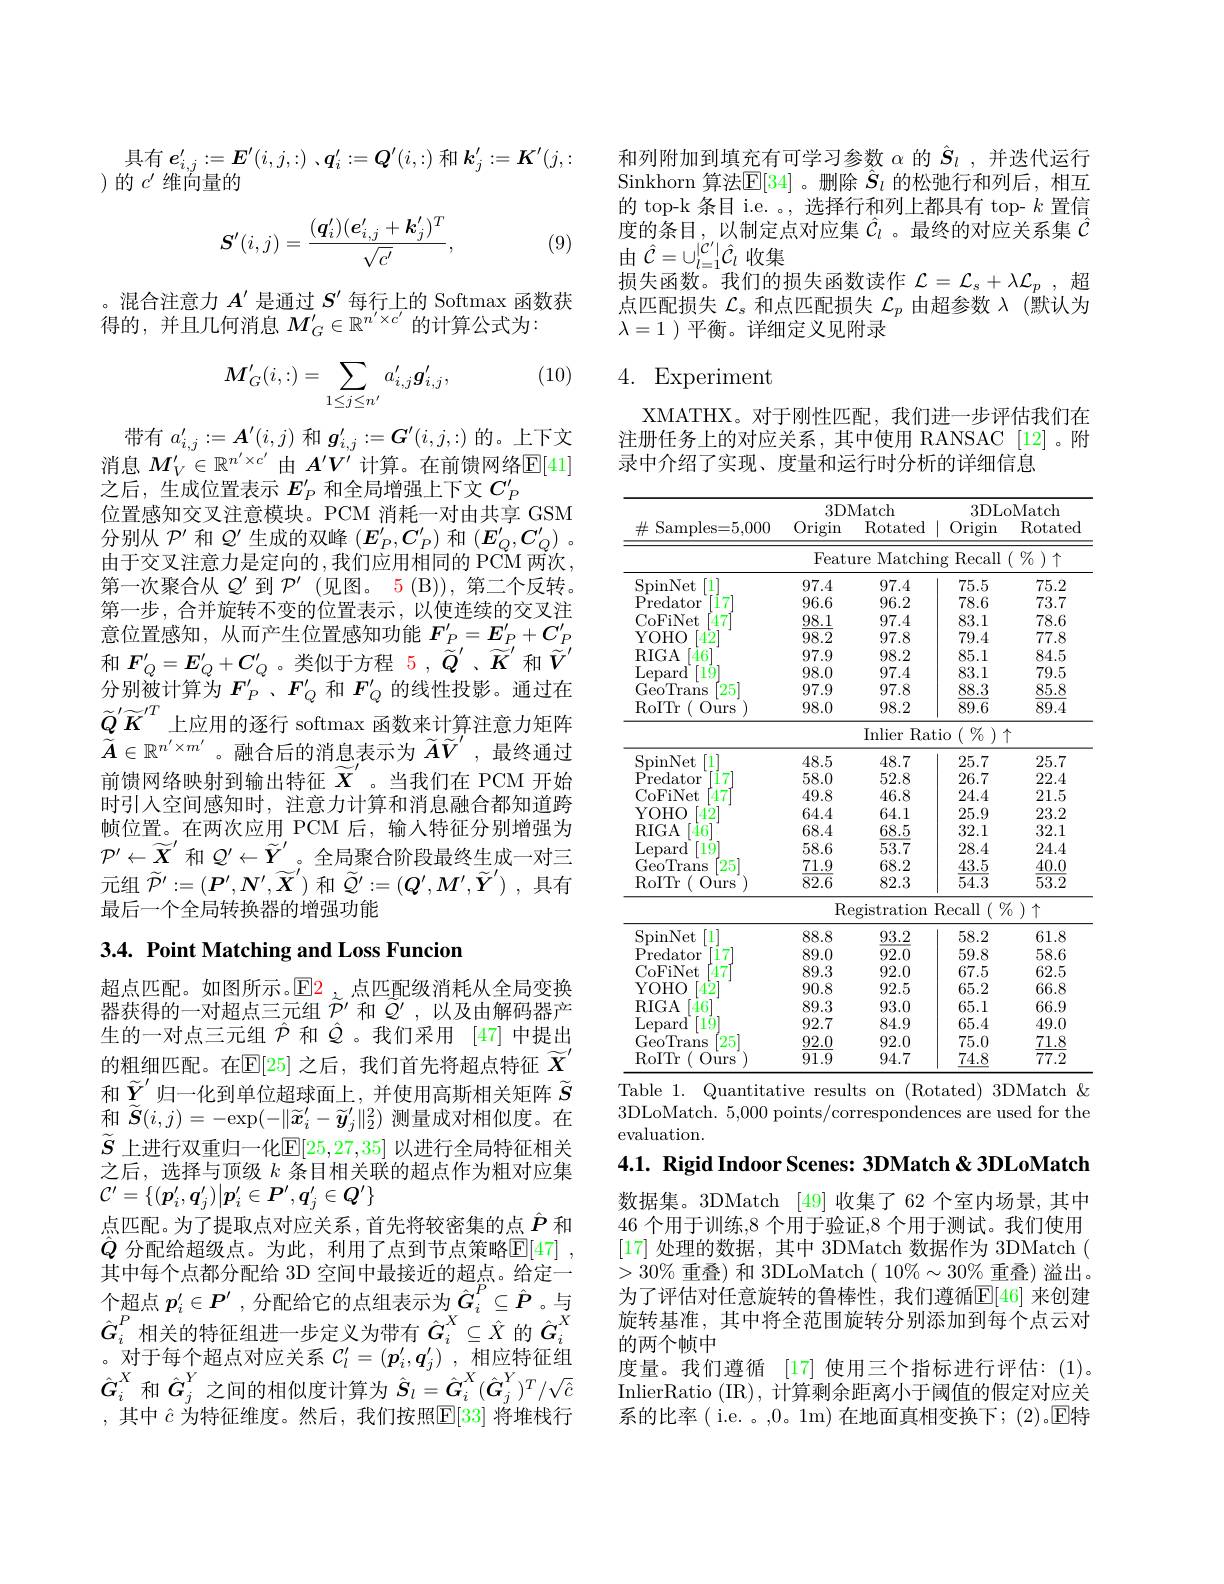
具有$\boldsymbol{e}_{i, j}^{\prime }: = \boldsymbol{E}^{\prime }( i, j, : )$ $. \boldsymbol{q}_{i}^{\prime }: = \boldsymbol{Q}^{\prime }( i, : )$和$\boldsymbol k_j^{\prime}:=\boldsymbol{K}^{\prime}(j,:$
)的$c^\prime$维向量的
$$S'(i,j)=\frac{(\boldsymbol{q}')(\boldsymbol{e}'_{i,j}+\boldsymbol{k}'_j)^T}{\sqrt{c'}},$$
(9)

。混合注意力$A^{\prime}$是通过$S^{\prime}$每行上的 Softmax 函数获
得的，并且几何消息$M_G^{\prime}\in\mathbb{R}^{n^{\prime}\times c^{\prime}}$的计算公式为：

(10)
$$M_G'(i,:)=\sum_{1\le j\le n'}a_{i,j}'\boldsymbol{g}_{i,j}',$$
带有$a_i,j^{\prime}:=\boldsymbol{A}^{\prime}(i,j)$和$\boldsymbol g_i,j^{\prime}:=\boldsymbol{G}^{\prime}(i,j,:)$的。上下文消息 $M_V^{\prime}\in\mathbb{R}^{n^{\prime}\times c^{\prime}}\boxplus A^{\prime}V^{\prime}$ 计算。在前馈网络$\mathbb{E}[41]$ 之后，生成位置表示$E_P^{\prime}$和全局增强上下文$C_P^{\prime}$
位置感知交叉注意模块。PCM 消耗一对由共享 GSM 分别从$\mathcal{P}^\prime$和$Q^\prime$生成的双峰$(E_P^\prime,C_P^\prime)$和$(E_Q^\prime,C_Q^\prime)$ 。由于交叉注意力是定向的，我们应用相同的 PCM 两次， 第一次聚合从$Q^\prime$到$\mathcal{P}^\prime$ (见图。5(B)),第二个反转。第一步 , 合并旋转不变的位置表示 , 以使连续的交叉注意位置感知，从而产生位置感知功能$F_P^{\prime}=E_P^{\prime}+C_P^{\prime}$ 和 $F_Q^{\prime}=E_Q^{\prime}+C_Q^{\prime}$。类似于方程 5,$\tilde{\tilde{Q}}^{\prime}$、$\tilde{\widetilde{K}}^{\prime}$ 和$\tilde{\tilde{V}}^{\prime}$ $\dot{\text{分别被计算为 }F_{P}^{\prime}}$、$F_Q^{\prime}$和$F_Q^{\prime}$的线性投影。通过在$\widetilde{Q}^{\prime}\widetilde{K}^{\prime T}$上应用的逐行 softmax 函数来计算注意力矩阵$\widetilde{A}\in\mathbb{R}^{n^{\prime}\times m^{\prime}}$。融合后的消息表示为$\widetilde AV^{\prime}$,最终通过前馈网络映射到输出特征$\widetilde{X}^{\prime}$。当我们在 PCM 开始时引人空间感知时，注意力计算和消息融合都知道跨帧位置。在两次应用 PCM 后，输人特征分别增强为$\mathcal{P}^{\prime}\leftarrow\widetilde{X}^{\prime}$和$\mathcal{Q}^\prime\leftarrow\widetilde{Y}^{\prime}$。全局聚合阶段最终生成一对三元组$\widetilde{\mathcal{P}}^{\prime}:=(\boldsymbol{P}^{\prime},\boldsymbol{N}^{\prime},\widetilde{\boldsymbol{X}}^{\prime})$和$\widetilde{\mathcal{Q}}^{\prime}:=(\boldsymbol{Q}^{\prime},\boldsymbol{M}^{\prime},\widetilde{\boldsymbol{Y}}^{\prime})$ ,具有最后一个全局转换器的增强功能

## 3.4. Point Matching and Loss Funcion

超点匹配。如图所示。$\operatorname{E2}$。点匹配级消耗从全局变换器获得的一对超点三元组$\tilde{\mathcal{P}}^{\prime}$和$\tilde{Q}^{\prime}$,以及由解码器产生的一对点三元组$\hat{\mathcal{P}}$和$\hat{\mathcal{Q}}$。我们采用 [47]中提出的粗细匹配。在$\mathbb{E}[25]$ 之后，我们首先将超点特征 $\widetilde{X}^{\prime}$ 和$\widetilde{Y}^{\prime}$归一化到单位超球面上，并使用高斯相关矩阵 $\widetilde{S}$ 和$\widetilde{\boldsymbol{S}}(i,j)=-\exp(-\|\widetilde{\boldsymbol{x}}_{i}^{\prime}-\widetilde{\boldsymbol{y}}_{j}^{\prime}\|_{2}^{2})$测量成对相似度。在$\widetilde{S}_{\text{ 上进行双重归一化}\mathbb{E}[25,27,35]\text{ 以进行全局特征相关}}$ 之后，选择与顶级$k$条目相关联的超点作为粗对应集$\mathcal{C}^{\prime}=\{(\boldsymbol{p}_i^{\prime},\boldsymbol{q}_j^{\prime})|\boldsymbol{p}_i^{\prime}\in\boldsymbol{P}^{\prime},\boldsymbol{q}_j^{\prime}\in Q^{\prime}\}$
点匹配。为了提取点对应关系，首先将较密集的点$\hat{P}$和$\hat{Q}$ 分配给超级点。为此，利用了点到节点策略$\overline{\mathbb{E}}[47]$ , 其中每个点都分配给 3D 空间中最接近的超点。给定一个超点 $p_i^{\prime}\in P^{\prime}$ ,分配给它的点组表示为$\underset{\mathrm{v}}{\operatorname*{\operatorname*{\operatorname*{\operatorname*{G}}}}}^P\subseteq\hat{P}$ 。与$\hat{G}_i^P$ 相关的特征组进一步定义为带有$\hat{G}_i^X\subseteq\hat{X}$ 的$\hat{G}_i^X$ $\operatorname*{\text{。对于每个超点对应关系 }C_l^{\prime}=(p_i^{\prime},q_j^{\prime})~,~}\operatorname*{\text{相应特征组}}_{\mathrm{v}}$ $\hat{G}_{i}^{X}$和$\hat{G}_{j}^{Y}$之间的相似度计算为$\hat{S}_{l}=\underline{\hat{G}}_{i}^{X}(\hat{G}_{j}^{Y})^{T}/\sqrt{\hat{G}}$ ,其中$\hat{c}$为特征维度。然后，我们按照$\overline{\mathrm{E}}[33]$将堆栈行

和列附加到填充有可学习参数$\alpha$的$\hat{S}_l$ ,并迭代运行Sinkhorn 算法$\mathbb{E}[34]$。删除 $\hat{\hat{S}}_l$ 的松弛行和列后，相互的 top-k 条目 i.e. 。, 选择行和列上都具有 top- $k$置信度的条目，以制定点对应集$\hat{\mathcal{C}}_l$ 。最终的对应关系集$\hat{\mathcal{C}}$ 由$\hat{\mathcal{C}}=\cup_{l=1}^{|\mathcal{C}^{\prime}|}\hat{\mathcal{C}}_l$收集
损失函数。我们的损失函数读作$\mathcal{L}=\mathcal{L}_s+\lambda\mathcal{L}_p$,超点匹配损失$\mathcal{L}_s$和点匹配损失$\mathcal{L}_p$由超参数$\lambda$ (默认为$\lambda=1$)平衡。详细定义见附录

# 4. Experiment

XMATHX。对于刚性匹配，我们进一步评估我们在注册任务上的对应关系，其中使用 RANSAC [12]。附录中介绍了实现、度量和运行时分析的详细信息

<table>
	<tbody>
		<tr>
			<th rowspan="2">$\#$ Samples=5,000</th>
			<th colspan="2">3DMatch</th>
			<th colspan="2">3DLoMatch</th>
		</tr>
		<tr>
			<th>Origin</th>
			<th>$\operatorname{Rotated}$</th>
			<th>Origin</th>
			<th>$\operatorname{Rotated}$</th>
		</tr>
		<tr>
			<td> </td>
			<td>Featur</td>
			<td colspan="3">Feature Matching Recall $(\%)\uparrow$</td>
		</tr>
		<tr>
			<td>SpinNet [1]</td>
			<td>97.4</td>
			<td>97.4</td>
			<td>75.5</td>
			<td>75.2</td>
		</tr>
		<tr>
			<td>Predator 17</td>
			<td>96.6</td>
			<td>96.2</td>
			<td>78.6</td>
			<td>73.7</td>
		</tr>
		<tr>
			<td>47 CoFiNet</td>
			<td>98.1</td>
			<td>97.4</td>
			<td>83.1</td>
			<td>78.6</td>
		</tr>
		<tr>
			<td>$4\dot{2}$ YOHO</td>
			<td>98.2</td>
			<td>97.8</td>
			<td>79.4</td>
			<td>77.8</td>
		</tr>
		<tr>
			<td>$\dot{4}6^{-1}$ RIGA</td>
			<td>97.9</td>
			<td>98.2</td>
			<td>85.1</td>
			<td>84.5</td>
		</tr>
		<tr>
			<td>$\operatorname{Lepard}$ $1\dot{9}$</td>
			<td>98.0</td>
			<td>97.4</td>
			<td>83.1</td>
			<td>79.5</td>
		</tr>
		<tr>
			<td>GeoTrais 25</td>
			<td>97.9</td>
			<td>97.8</td>
			<td>88.3</td>
			<td>85.8</td>
		</tr>
		<tr>
			<td>RoITr Ours</td>
			<td>98.0</td>
			<td>98.2</td>
			<td>89.6</td>
			<td>89.4</td>
		</tr>
		<tr>
			<td> </td>
			<td> </td>
			<td>Inlier Ra</td>
			<td>$(\begin{array}{c}\%&)\\\end{array}$ $io$ 1</td>
			<td> </td>
		</tr>
		<tr>
			<td>SpinNet [1]</td>
			<td>48.5</td>
			<td>48.7</td>
			<td>25.7</td>
			<td>25.7</td>
		</tr>
		<tr>
			<td>Predator 17</td>
			<td>58.0</td>
			<td>52.8</td>
			<td>26.7</td>
			<td>22.4</td>
		</tr>
		<tr>
			<td>CoFiNet 47</td>
			<td>49.8</td>
			<td>46.8</td>
			<td>24.4</td>
			<td>21.5</td>
		</tr>
		<tr>
			<td>42 YOHO</td>
			<td>64.4</td>
			<td>64.1</td>
			<td>25.9</td>
			<td>23.2</td>
		</tr>
		<tr>
			<td>$\dot{4}6^{-1}$ RIGA</td>
			<td>68.4</td>
			<td>68.5</td>
			<td>32.1</td>
			<td>32.1</td>
		</tr>
		<tr>
			<td>Lepard 19</td>
			<td>58.6</td>
			<td>53.7</td>
			<td>28.4</td>
			<td>24.4</td>
		</tr>
		<tr>
			<td>GeoTrais $25^{\prime}$</td>
			<td>71.9</td>
			<td>68.2</td>
			<td>43.5</td>
			<td>40.0</td>
		</tr>
		<tr>
			<td>RoITr urs</td>
			<td>$\overline{82.6}$</td>
			<td>82.3</td>
			<td>$\overline{54.3}$</td>
			<td>$\overline{53.2}$</td>
		</tr>
		<tr>
			<td> </td>
			<td>$\operatorname{Reg}$</td>
			<td>istration</td>
			<td>$\{$ecall $\left(\begin{array}{c}{\mathrm{c}}\\{\mathrm{,}}\end{array}\right.$ </td>
			<td>$\begin{array}{c}{\begin{smallmatrix}{'}\\{0}\end{smallmatrix}\end{pmatrix}\uparrow}$</td>
		</tr>
		<tr>
			<td>SpinNet [1]</td>
			<td>88.8</td>
			<td>93.2</td>
			<td>58.2</td>
			<td>61.8</td>
		</tr>
		<tr>
			<td>17 Predator</td>
			<td>89.0</td>
			<td>92.0</td>
			<td>59.8</td>
			<td>58.6</td>
		</tr>
		<tr>
			<td>CoFiNet 47</td>
			<td>89.3</td>
			<td>92.0</td>
			<td>67.5</td>
			<td>62.5</td>
		</tr>
		<tr>
			<td>YOHO $4\dot{2}$</td>
			<td>90.8</td>
			<td>92.5</td>
			<td>65.2</td>
			<td>66.8</td>
		</tr>
		<tr>
			<td>$\dot{4}6^{-1}$ RIGA</td>
			<td>89.3</td>
			<td>93.0</td>
			<td>65.1</td>
			<td>66.9</td>
		</tr>
		<tr>
			<td>Lepard $1\dot{9}$</td>
			<td>92.7</td>
			<td>84.9</td>
			<td>65.4</td>
			<td>49.0</td>
		</tr>
		<tr>
			<td>$25^{\cdot}$ GeoTrans</td>
			<td>92.0</td>
			<td>92.0</td>
			<td>75.0</td>
			<td>71.8</td>
		</tr>
		<tr>
			<td>RoITr (0) $)urs$</td>
			<td>91.9</td>
			<td>94.7</td>
			<td>74.8</td>
			<td>77.2</td>
		</tr>
	</tbody>
</table>
Table 1. Quantitative results on (Rotated) 3DMatch &

3DLoMatch. 5,000 points/correspondences are used for the
evaluation.

$4. 1. \textbf{ Rigid Indoor Scenes: 3DMatch < 3DLoMatch}$

数据集。3DMatch [49]收集了 62 个室内场景，其中46 个用于训练，8 个用于验证，8 个用于测试。我们使用[17]处理的数据，其中 3DMatch 数据作为 3DMatch ( $>30\%$ 重叠) 和 3DLoMatch ( 10%$\sim30\%$ 重叠) 溢出. 为了评估对任意旋转的鲁棒性，我们遵循$\mathbb{E}[46]$ 来创建旋转基准，其中将全范围旋转分别添加到每个点云对的两个帧中
度量。我们遵循 [17] 使用三个指标进行评估：(1)。InlierRatio (IR), 计算剩余距离小于阈值的假定对应关系的比率( i.e. 。,0。1m) 在地面真相变换下；(2)。回特